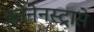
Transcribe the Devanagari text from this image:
क्रोनेनस्ट्रासे